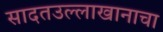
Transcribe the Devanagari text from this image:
सादतउल्लाखानाचा